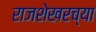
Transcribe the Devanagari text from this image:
राजशेखरच्या